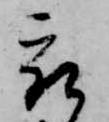
被